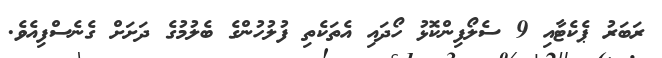
ރަބަރު ޕެކެޓާއި 9 ސެލޯފިންކޮޅު ހޯދައި އެތަކެތި ފުލުހުންގެ ބެލުމުގެ ދަށަށް ގެނެސްފިއެވެ.